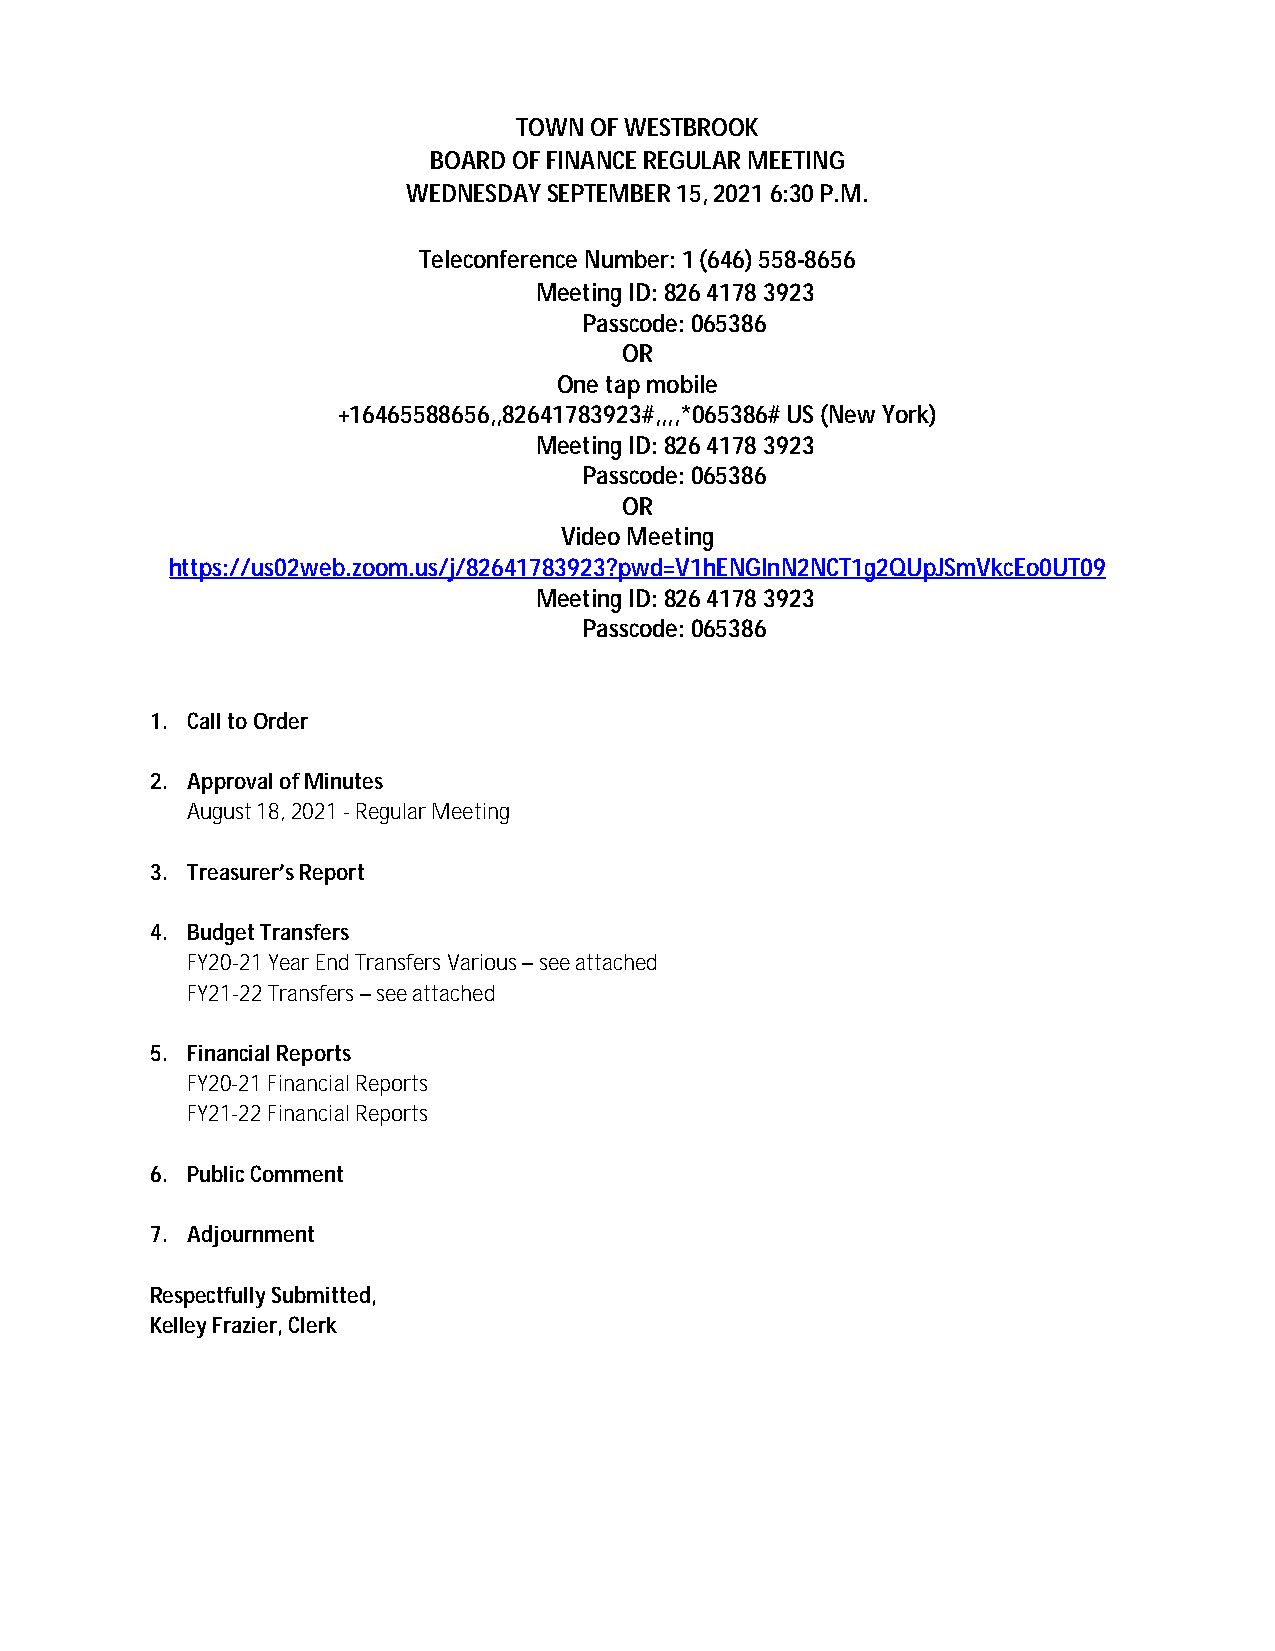
TOWN OF WESTBROOK
 BOARD OF FINANCE REGULAR MEETING
 WEDNESDAY SEPTEMBER 15, 2021 6:30 P.M.
 Teleconference Number: 1 (646) 558-8656
 Meeting ID: 826 4178 3923
 Passcode: 065386
 OR
 One tap mobile
 +16465588656,,82641783923#,,,,*065386# US (New York)
 Meeting ID: 826 4178 3923
 Passcode: 065386
 OR
 Video Meeting
 https://us02web.zoom.us/j/82641783923?pwd=V1hENGlnN2NCT1g2QUpJSmVkcEo0UT09
 Meeting ID: 826 4178 3923
 Passcode: 065386
 1. Call to Order
 2. Approval of Minutes
 August 18, 2021 - Regular Meeting
 3. Treasurer’s Report
 4. Budget Transfers
 FY20-21 Year End Transfers Various – see attached
 FY21-22 Transfers – see attached
 5. Financial Reports
 FY20-21 Financial Reports
 FY21-22 Financial Reports
 6. Public Comment
 7. Adjournment
 Respectfully Submitted,
 Kelley Frazier, Clerk